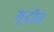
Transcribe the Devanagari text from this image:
मुद्रीत